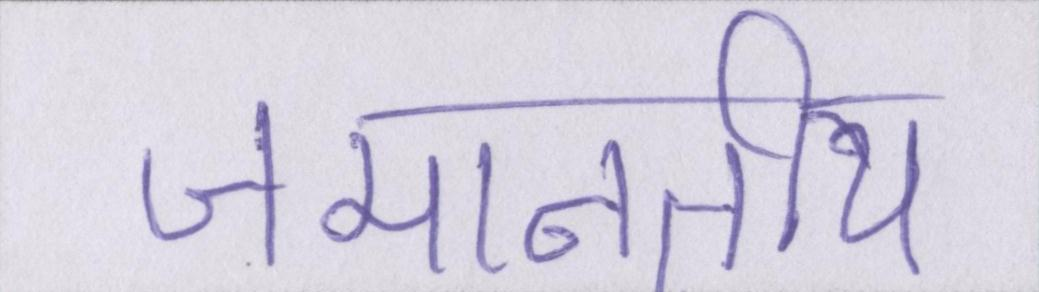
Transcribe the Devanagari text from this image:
जमानतीय